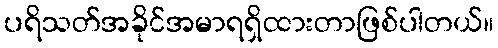
ပရိသတ်အခိုင်အမာရရှိထားတာဖြစ်ပါတယ်။